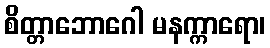
စိတ္တာဘောဂေါ မနက္ကာရော၊